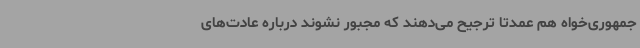
جمهوری‌خواه هم عمدتا ترجیح می‌دهند که مجبور نشوند درباره عادت‌های